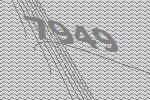
7949